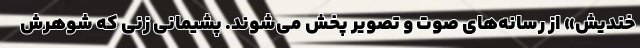
خندیش» از رسانه‌های صوت‌ و تصویر پخش می‌شوند. پشیمانی زنی که شوهرش